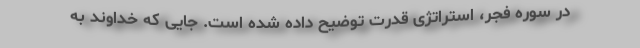
در سوره فجر، استراتژی قدرت توضیح داده شده است. جایی که خداوند به